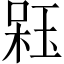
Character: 𣔣